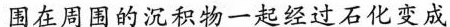
围在周围的沉积物一起经过石化变成